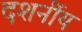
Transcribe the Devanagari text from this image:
दशर्नीय